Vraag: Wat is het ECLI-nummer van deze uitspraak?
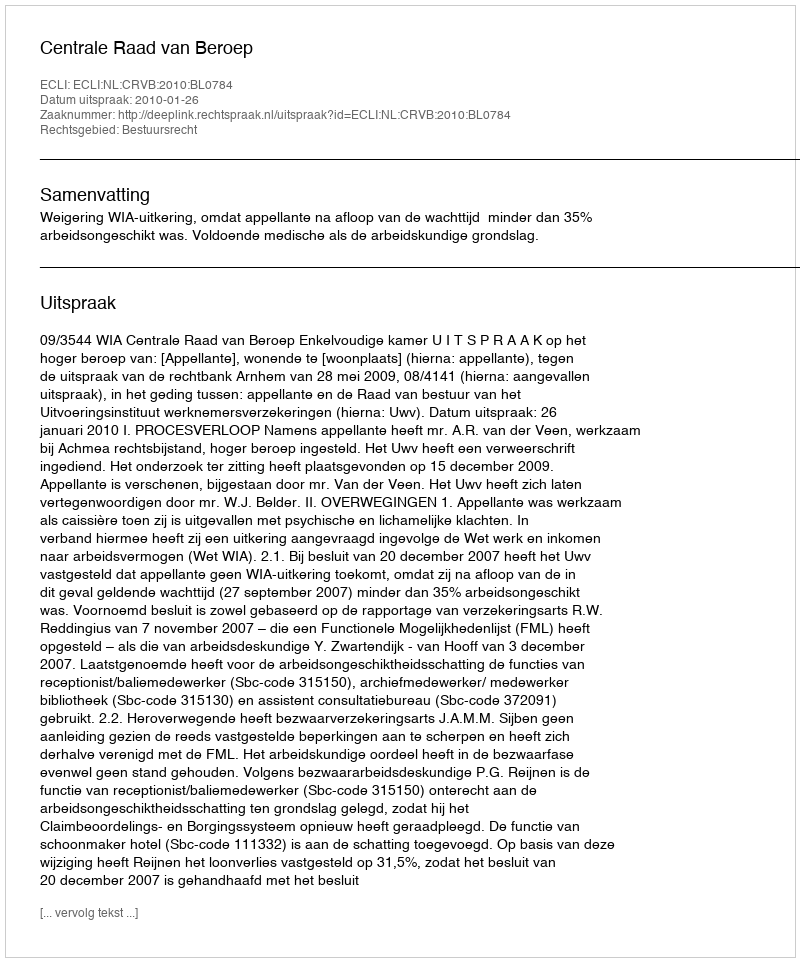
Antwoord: ECLI:NL:CRVB:2010:BL0784